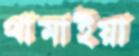
থামাইয়া